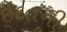
ઇદતની